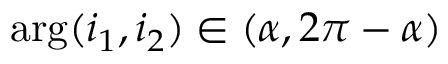
\arg ( i _ { 1 } , i _ { 2 } ) \in ( \alpha , 2 \pi - \alpha )